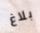
بلاغ